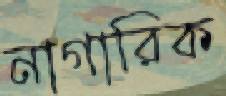
নাগারিক